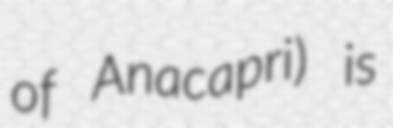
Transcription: of Anacapri) is